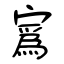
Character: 寪